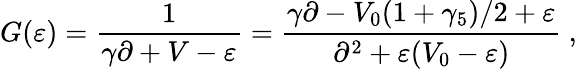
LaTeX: G(\varepsilon)=\frac{1}{\gamma\partial+V-\varepsilon}=\frac{\gamma\partial-V_{0}(1+\gamma_{5})/2+\varepsilon}{\partial^{2}+\varepsilon(V_{0}-\varepsilon)}~,